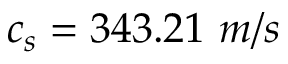
c _ { s } = 3 4 3 . 2 1 ~ m / s